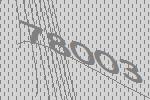
78003